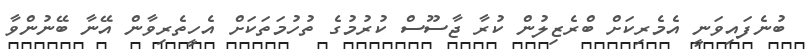
ބުނެފައިވަނީ އެމެރިކަށް ބްރެޒިލުން ކުރާ ޖާސޫސް ކުރުމުގެ ތުހުމަތަކަށް އެހީތެރިވާން އޭނާ ބޭނުންވާ